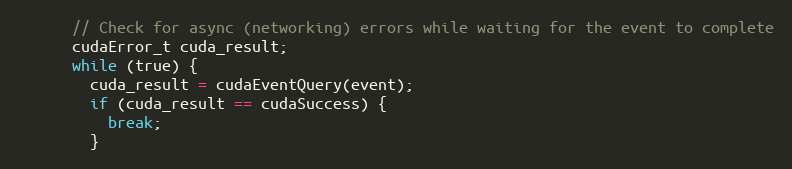
Language: C++
      // Check for async (networking) errors while waiting for the event to complete
      cudaError_t cuda_result;
      while (true) {
        cuda_result = cudaEventQuery(event);
        if (cuda_result == cudaSuccess) {
          break;
        }